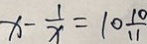
x - \frac { 1 } { x } = 1 0 \frac { 1 0 } { 1 1 }